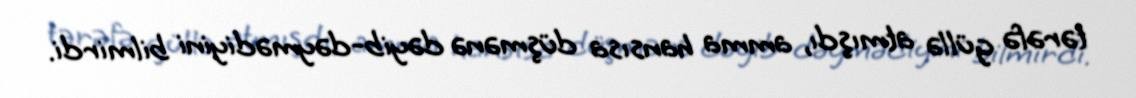
tərəfə güllə atmışdı, amma hansısa düşmənə dəyib-dəymədiyini bilmirdi.